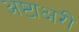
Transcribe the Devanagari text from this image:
अष्टाक्षरी